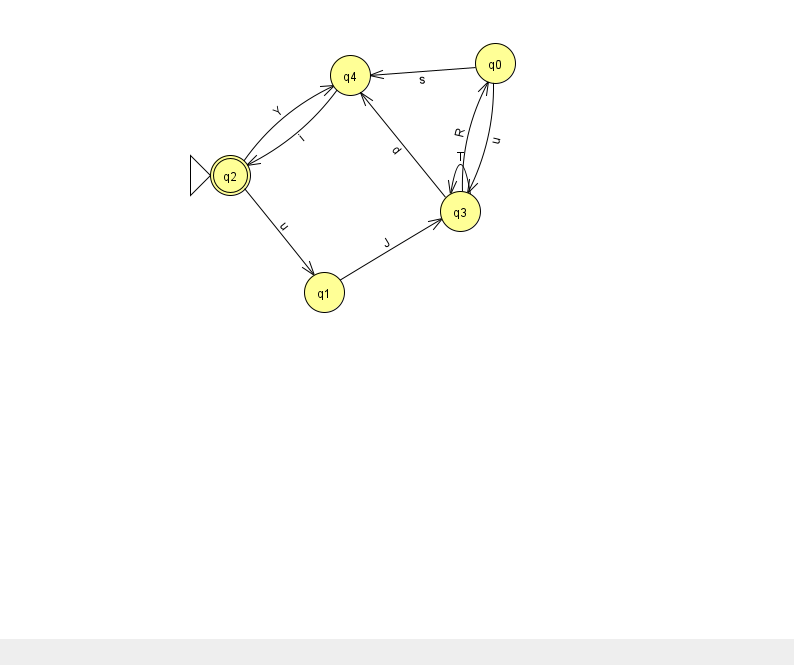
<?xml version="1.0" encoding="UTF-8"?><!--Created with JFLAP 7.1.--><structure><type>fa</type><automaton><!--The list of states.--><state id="0" name="q0"><x>495.0</x><y>50.0</y></state><state id="1" name="q1"><x>324.0</x><y>279.0</y></state><state id="2" name="q2"><x>230.0</x><y>162.0</y><initial/><final/></state><state id="3" name="q3"><x>460.0</x><y>198.0</y></state><state id="4" name="q4"><x>350.0</x><y>62.0</y></state><!--The list of transitions.--><transition><from>3</from><to>4</to><read>d</read></transition><transition><from>2</from><to>4</to><read>Y</read></transition><transition><from>4</from><to>2</to><read>i</read></transition><transition><from>3</from><to>3</to><read>T</read></transition><transition><from>2</from><to>1</to><read>u</read></transition><transition><from>1</from><to>3</to><read>J</read></transition><transition><from>0</from><to>3</to><read>u</read></transition><transition><from>0</from><to>4</to><read>s</read></transition><transition><from>3</from><to>0</to><read>R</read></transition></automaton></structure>